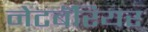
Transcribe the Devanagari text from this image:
नेटबॅरियर